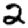
Digit: 2